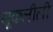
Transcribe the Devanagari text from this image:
यूकलीली